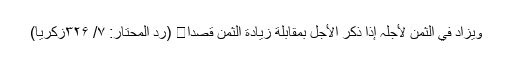
ویزاد في الثمن لأجلہ إذا ذکر الأجل بمقابلة زیادة الثمن قصدًا․ (رد المحتار: ۷/ ۳۲۶زکریا)